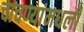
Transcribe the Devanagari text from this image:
चाचण्यांमधली